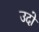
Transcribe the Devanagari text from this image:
उदो